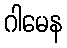
ဂါမေန